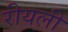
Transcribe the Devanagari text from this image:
रीयली